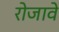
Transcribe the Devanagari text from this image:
रोजावे